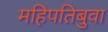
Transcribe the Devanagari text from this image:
महिपतिबुवा